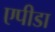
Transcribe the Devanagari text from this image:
एपीडा